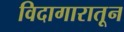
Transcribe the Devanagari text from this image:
विदागारातून